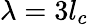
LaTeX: \lambda=3l_{c}